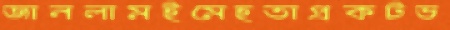
জানলামইমেহতাপ্রকটভ